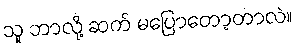
သူ ဘာလို့ ဆက် မပြောတော့တာလဲ။